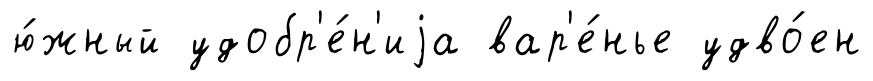
ю́жный удобр'е́н'иjа вар'е́нье удво́ен